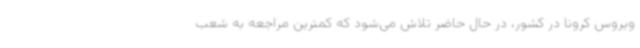
ویروس کرونا در کشور، در حال حاضر تلاش می‌شود که کمترین مراجعه به شعب